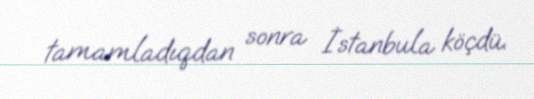
tamamladıqdan sonra İstanbula köçdü.